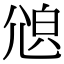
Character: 𡯫